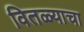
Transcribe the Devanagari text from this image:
वितळ्याचा